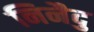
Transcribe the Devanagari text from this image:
निनैदु